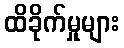
ထိခိုက်မှုများ